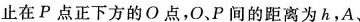
止在P点正下方的O点，O、P间的距离为h，A、